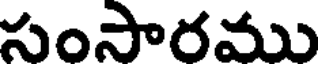
సంసారము